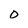
Character: O